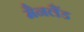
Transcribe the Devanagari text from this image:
मैनलैंड